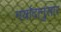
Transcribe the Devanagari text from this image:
मर्यादानुसार